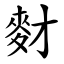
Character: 䴭